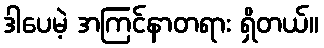
ဒါပေမဲ့ အကြင်နာတရား ရှိတယ်။